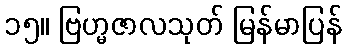
၁၅။ ဗြဟ္မဇာလသုတ် မြန်မာပြန်